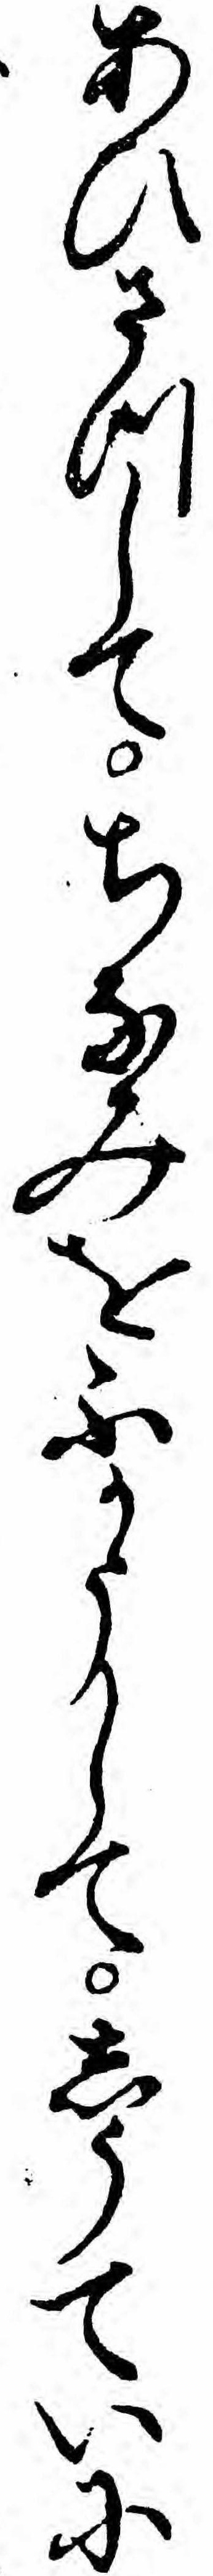
あひさつしてちなみをふかうしてしうていに